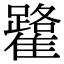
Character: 𩁐